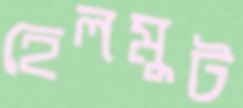
হেলমুট